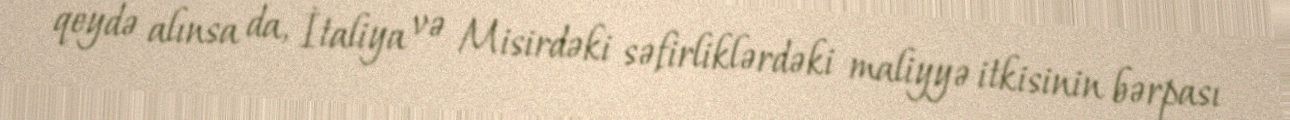
qeydə alınsa da, İtaliya və Misirdəki səfirliklərdəki maliyyə itkisinin bərpası